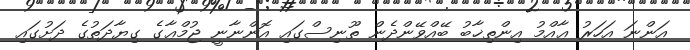
އަންނަ އަހަރު ޢާއްމު އިންތިޚާބު ބޭއްވޭންދެން ތޫނިސްގައި އޮންނާނީ ޖުމްޢާގެ ގިޔާދަތުގެ ދަށުގައި